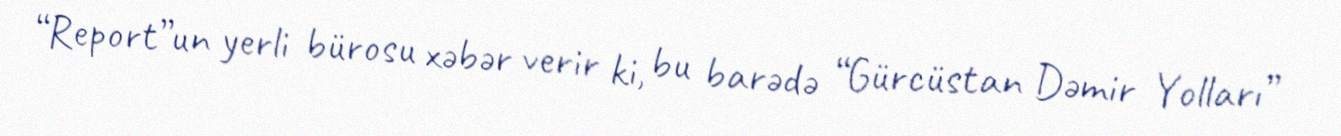
“Report”un yerli bürosu xəbər verir ki, bu barədə “Gürcüstan Dəmir Yolları”